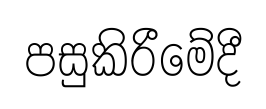
පසුකිරීමේදී